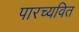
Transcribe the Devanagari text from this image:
पारच्यवित